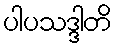
ပါပသဒ္ဒါတိ